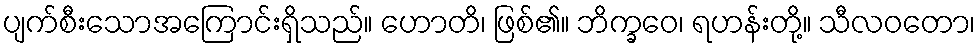
ပျက်စီးသောအကြောင်းရှိသည်။ ဟောတိ၊ ဖြစ်၏။ ဘိက္ခဝေ၊ ရဟန်းတို့။ သီလဝတော၊